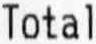
TOTAL